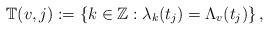
LaTeX: \begin{align*}\mathbb{T}(v,j):=\left\{ k\in\mathbb{Z}:\lambda_{k}(t_{j})=\Lambda_{v}(t_{j})\right\} ,\end{align*}